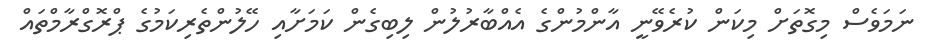
ނަމަވެސް މިގޮތަށް މިކަން ކުރެވޭނީ އާންމުންގެ އެއްބާރުލުން ލިބިގެން ކަމަށާއި ހޭލުންތެރިކަމުގެ ޕްރޮގްރާމްތައް